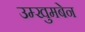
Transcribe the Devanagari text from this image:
उम्खुमबेन